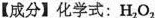
【成分】化学式：H_{2}O_{2}